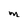
Character: M